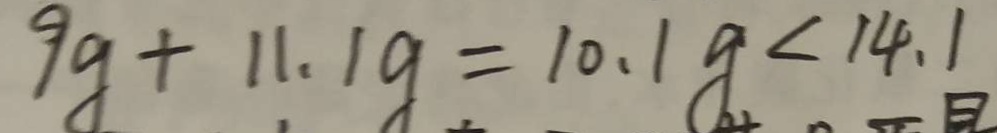
9 g + 1 1 . 1 g = 1 0 . 1 g < 1 4 . 1